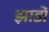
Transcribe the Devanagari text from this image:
झाडों